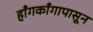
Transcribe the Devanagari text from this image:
हाँगकाँगापासून